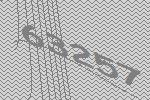
63257